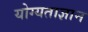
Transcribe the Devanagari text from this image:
योग्यताज्ञान